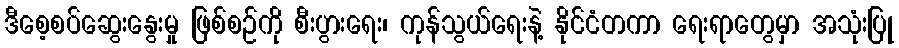
ဒီစေ့စပ်ဆွေးနွေးမှု ဖြစ်စဉ်ကို စီးပွားရေး၊ ကုန်သွယ်ရေးနဲ့ နိုင်ငံတကာ ရေးရာတွေမှာ အသုံးပြု